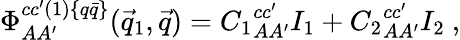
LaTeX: \Phi_{AA^{\prime}}^{cc^{\prime}(1)\{ q\bar{q}\} }(\vec{q}_{1},\vec{q})={C_{1}}_{AA^{\prime}}^{cc^{\prime}}I_{1}+{C_{2}}_{AA^{\prime}}^{cc^{\prime}}I_{2}~,